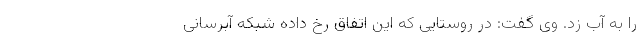
را به آب زد. وی گفت: در روستایی که این اتفاق رخ داده شبکه آبرسانی